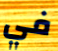
في